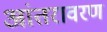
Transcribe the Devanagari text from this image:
आंतरावरण